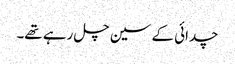
چدائی کے سین چل رہے تھے۔